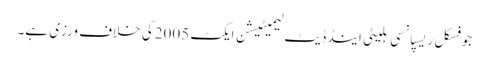
جو فسکل ریسپانسی بلیٹی اینڈ ڈیٹ لیمیٹیشن ایکٹ 2005کی خلاف ورزی ہے۔